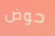
حوض